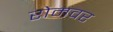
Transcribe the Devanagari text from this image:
रोमवर